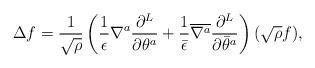
LaTeX: \begin{align*}\Delta f = \frac{1}{\sqrt \rho} \left(\frac{1}{\epsilon}\nabla^a \frac{\partial^L}{\partial\theta^a} + \frac{1}{\bar \epsilon} {\overline {\nabla^a}}\frac{\partial^L} {\partial{\bar \theta}^a}\right)(\sqrt\rho f), \end{align*}